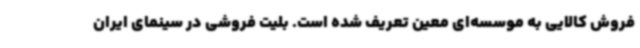
فروش کالایی به موسسه‌ای معین تعریف شده است. بلیت فروشی در سینمای ایران